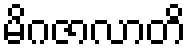
မိဂဇာလာတိ